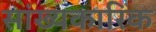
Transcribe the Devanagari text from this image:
सांख्यकारिक